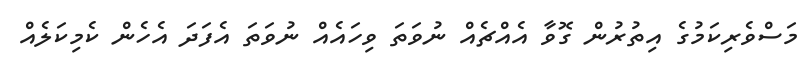
މަސްވެރިކަމުގެ އިތުރުން ގޮވާ އެއްޗެއް ނުވަތަ ވިހައެއް ނުވަތަ އެފަދަ އެހެން ކެމިކަލެއް